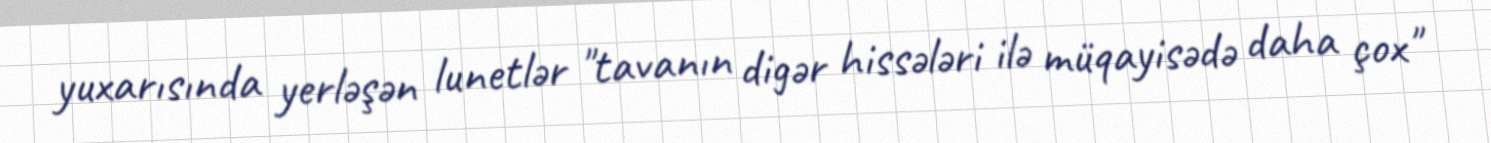
yuxarısında yerləşən lunetlər "tavanın digər hissələri ilə müqayisədə daha çox"